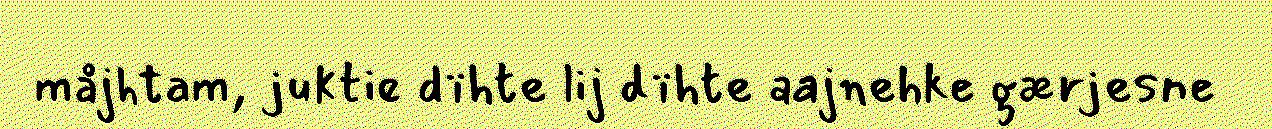
måjhtam, juktie dïhte lij dïhte aajnehke gærjesne